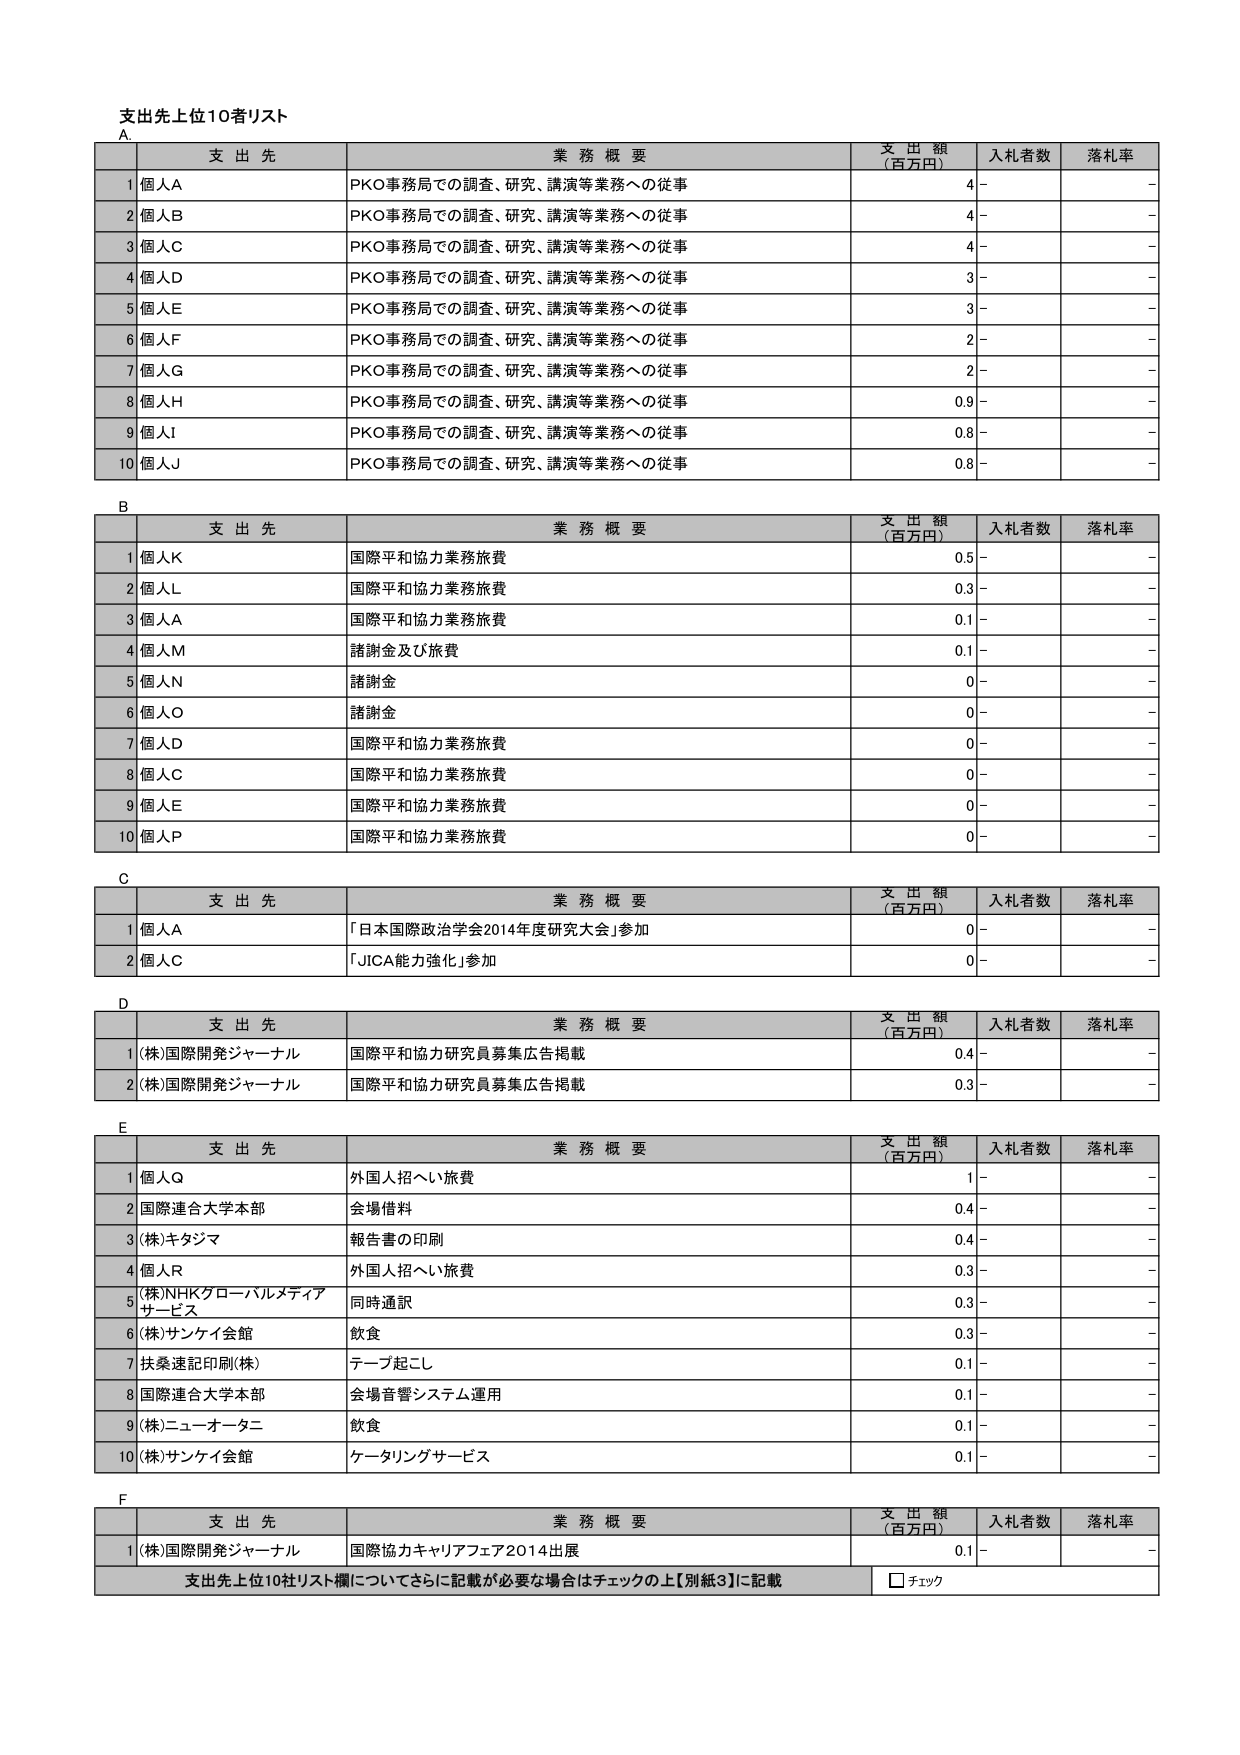
支出先上位10者リスト

A.
支 出 先 業 務 概 要 支 出 額 （百万円） 入札者数 落札率
1 個人A PKO事務局での調査、研究、講演等業務への従事 4 - -
2 個人B PKO事務局での調査、研究、講演等業務への従事 4 - -
3 個人C PKO事務局での調査、研究、講演等業務への従事 4 - -
4 個人D PKO事務局での調査、研究、講演等業務への従事 3 - -
5 個人E PKO事務局での調査、研究、講演等業務への従事 3 - -
6 個人F PKO事務局での調査、研究、講演等業務への従事 2 - -
7 個人G PKO事務局での調査、研究、講演等業務への従事 2 - -
8 個人H PKO事務局での調査、研究、講演等業務への従事 0.9 - -
9 個人I PKO事務局での調査、研究、講演等業務への従事 0.8 - -
10 個人J PKO事務局での調査、研究、講演等業務への従事 0.8 - -

B
支 出 先 業 務 概 要 支 出 額 （百万円） 入札者数 落札率
1 個人K 国際平和協力業務旅費 0.5 - -
2 個人L 国際平和協力業務旅費 0.3 - -
3 個人A 国際平和協力業務旅費 0.1 - -
4 個人M 諸謝金及び旅費 0.1 - -
5 個人N 諸謝金 0 - -
6 個人O 諸謝金 0 - -
7 個人D 国際平和協力業務旅費 0 - -
8 個人C 国際平和協力業務旅費 0 - -
9 個人E 国際平和協力業務旅費 0 - -
10 個人P 国際平和協力業務旅費 0 - -

C
支 出 先 業 務 概 要 支 出 額 （百万円） 入札者数 落札率
1 個人A 「日本国際政治学会2014年度研究大会」参加 0 - -
2 個人C 「JICA能力強化」参加 0 - -

D
支 出 先 業 務 概 要 支 出 額 （百万円） 入札者数 落札率
1 (株)国際開発ジャーナル 国際平和協力研究員募集広告掲載 0.4 - -
2 (株)国際開発ジャーナル 国際平和協力研究員募集広告掲載 0.3 - -

E
支 出 先 業 務 概 要 支 出 額 （百万円） 入札者数 落札率
1 個人Q 外国人招へい旅費 1 - -
2 国際連合大学本部 会場借料 0.4 - -
3 (株)キタジマ 報告書の印刷 0.4 - -
4 個人R 外国人招へい旅費 0.3 - -
5 (株)NHKグローバルメディアサービス 同時通訳 0.3 - -
6 (株)サンケイ会館 飲食 0.3 - -
7 扶桑速記印刷(株) テープ起こし 0.1 - -
8 国際連合大学本部 会場音響システム運用 0.1 - -
9 (株)ニューオータニ 飲食 0.1 - -
10 (株)サンケイ会館 ケータリングサービス 0.1 - -

F
支 出 先 業 務 概 要 支 出 額 （百万円） 入札者数 落札率
1 (株)国際開発ジャーナル 国際協力キャリアフェア2014出展 0.1 - -
支出先上位10社リスト欄についてさらに記載が必要な場合はチェックの上【別紙3】に記載 □ チェック